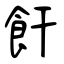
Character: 飦